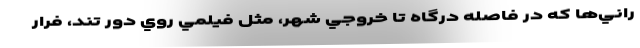
راني‌ها كه در فاصله درگاه تا خروجي شهر، مثل فيلمي روي دور تند، فرّار